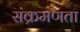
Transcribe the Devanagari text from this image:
संक्रमणता